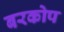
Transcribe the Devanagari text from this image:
बरकोप